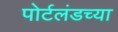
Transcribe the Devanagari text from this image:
पोर्टलंडच्या